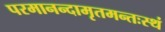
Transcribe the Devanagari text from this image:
परमानन्दामृतमन्तःस्थं